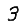
Digit: 3